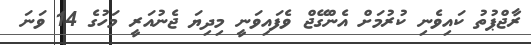
ރާޖްޕުތު ކައިވެނި ކުރުމަށް އެންގޭޖް ވެފައިވަނީ މިދިޔަ ޖެނުއަރީ މަހުގެ 14 ވަނަ